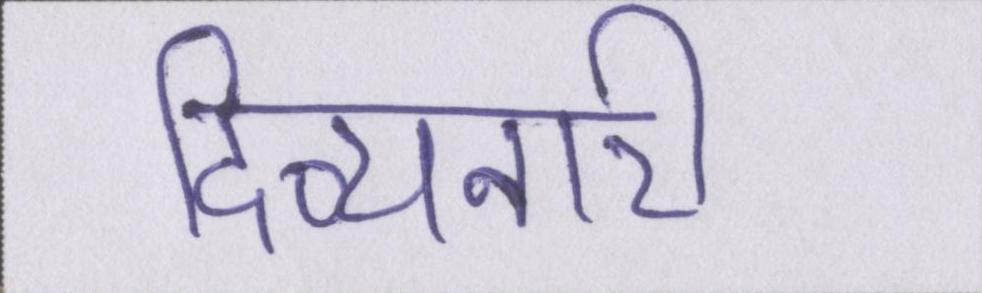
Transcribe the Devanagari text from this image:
दिव्यनारी